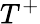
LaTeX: T^{+}